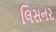
લિસનર